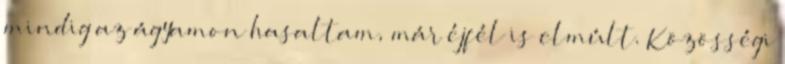
mindig az ágyamon hasaltam, már éjfél is elmúlt. Közösségi